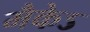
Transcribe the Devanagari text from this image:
मैकेऽ